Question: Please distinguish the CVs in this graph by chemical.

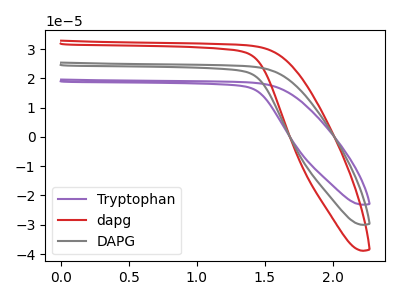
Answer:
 <answer>The purple curve is labeled "Tryptophan". The red curve is labeled "dapg". The gray curve is labeled "DAPG".</answer>
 <eval></eval>